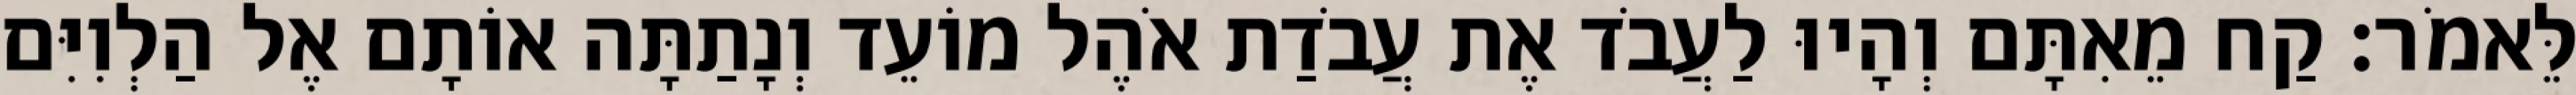
לֵּאמֹר׃ קַח מֵאִתָּם וְהָיוּ לַעֲבֹד אֶת עֲבֹדַת אֹהֶל מוֹעֵד וְנָתַתָּה אוֹתָם אֶל הַלְוִיִּם